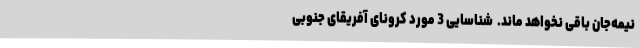
نیمه‌جان باقی نخواهد ماند. ‌‌ شناسایی 3 مورد کرونای آفریقای جنوبی